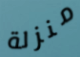
منزلة